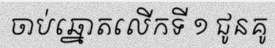
ចាប់ឆ្នោតលើកទី ១ ជូនគូ